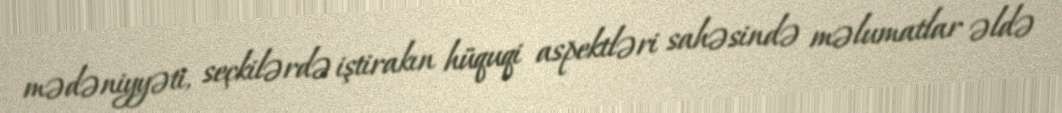
mədəniyyəti, seçkilərdə iştirakın hüquqi aspektləri sahəsində məlumatlar əldə